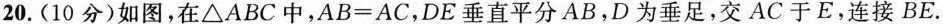
20.(10分)如图，在△ABC中，$$A B = A C$$，DE垂直平分AB，D为垂足，交AC于E，连接BE.